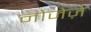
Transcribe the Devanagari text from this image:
नोजेज़